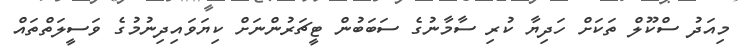
މިއަދު ސްކޫލް ތަކަށް ހަދިޔާ ކުރި ސާމާނުގެ ސަބަބުން ޓީޗަރުންނަށް ކިޔަވައިދިނުމުގެ ވަސީލަތްތައް